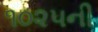
૧૦૨૫ની